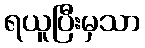
ရယူပြီးမှသာ